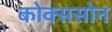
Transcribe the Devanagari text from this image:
कोक्ससोन